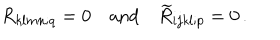
LaTeX: R _ { k l m n ; q } = 0 \quad \mathrm { a n d } \quad \widetilde { R } _ { i j k l ; p } = 0 \, .